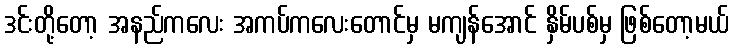
ဒင်းတို့တော့ အနည်ကလေး အကပ်ကလေးတောင်မှ မကျန်အောင် နှိမ်ပစ်မှ ဖြစ်တော့မယ်